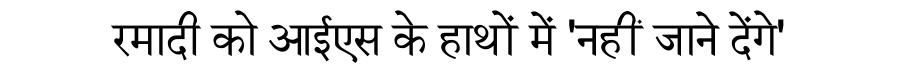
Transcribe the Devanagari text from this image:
रमादी को आईएस के हाथों में 'नहीं जाने देंगे'